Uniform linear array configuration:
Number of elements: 48
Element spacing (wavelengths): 1
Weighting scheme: exponential
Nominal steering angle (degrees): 30
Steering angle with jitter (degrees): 29.925
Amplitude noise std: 0.05
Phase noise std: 0.05

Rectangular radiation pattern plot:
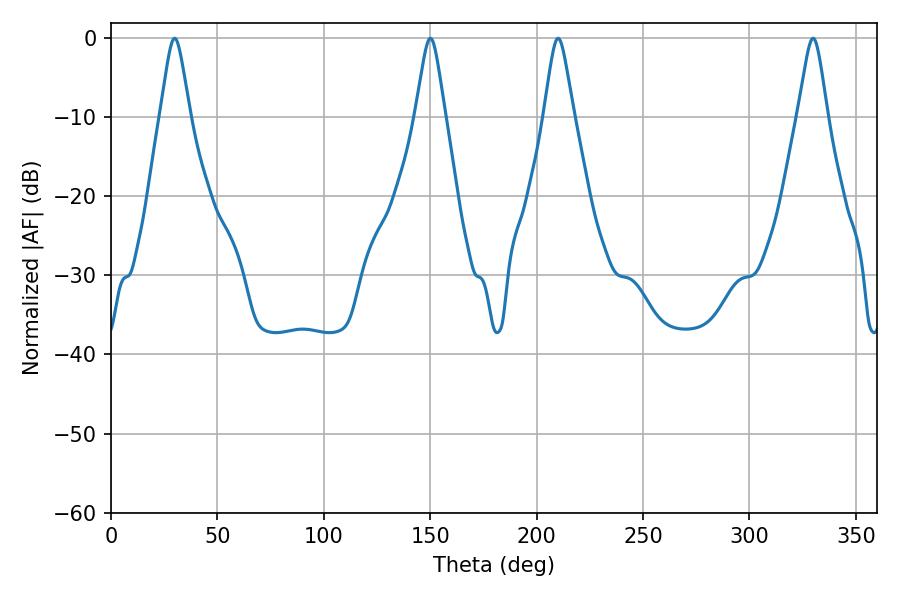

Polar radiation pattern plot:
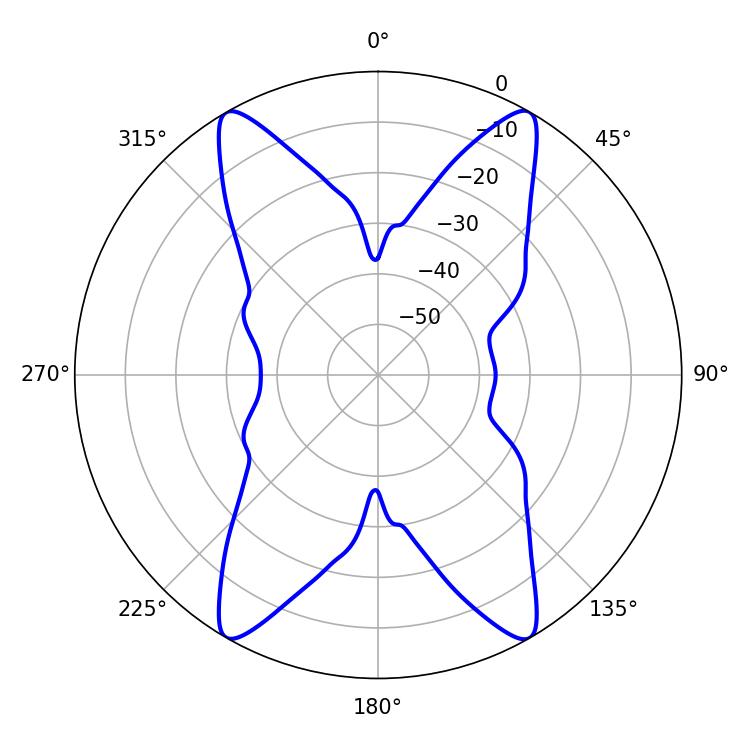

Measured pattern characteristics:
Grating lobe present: TRUE
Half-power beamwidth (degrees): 6.66
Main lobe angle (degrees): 150.12